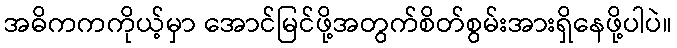
အဓိကကကိုယ့်မှာ အောင်မြင်ဖို့အတွက်စိတ်စွမ်းအားရှိနေဖို့ပါပဲ။